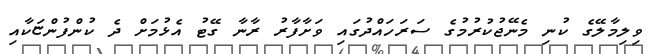
ވިލިމާލޭގެ ކުނި މެނޭޖުކުރުމުގެ ސަރަހައްދުގައި ވަށާފާރު ރާނާ ގޭޓު އެޅުމަށް ދެ ކުންފުންޏަކާއި